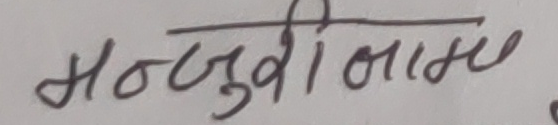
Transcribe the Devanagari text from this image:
मन्जुरीनामा